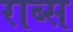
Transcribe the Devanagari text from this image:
राब्स